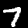
Label: 7